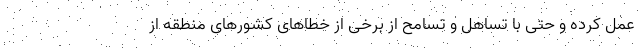
عمل کرده و حتی با تساهل و تسامح از برخی از خطاهای کشورهای منطقه از